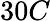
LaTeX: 30C